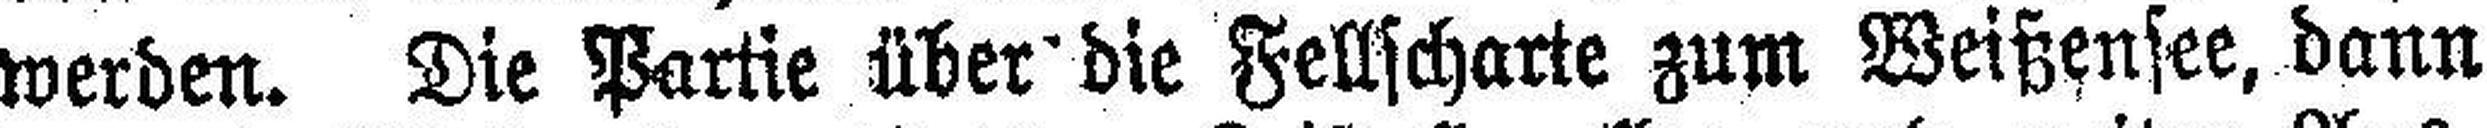
werden. Die Partie über die Fellscharte zum Weißensee, dann